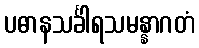
ပဓာနသင်္ခါရသမန္နာဂတံ